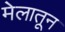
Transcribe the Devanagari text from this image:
मेलातून